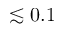
\lesssim 0 . 1